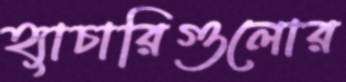
হ্যাচারিগুলোর